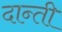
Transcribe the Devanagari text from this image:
दान्ती